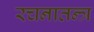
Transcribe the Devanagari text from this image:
रचनातन्त्र